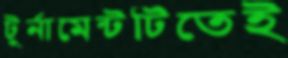
টুর্নামেন্টটিতেই